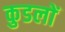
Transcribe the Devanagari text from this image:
कुडलों